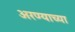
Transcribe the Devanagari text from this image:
अरण्याच्या